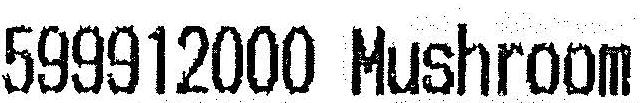
599912000 MUSHROOM